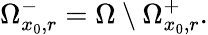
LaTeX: \Omega_{x_{0},r}^{-}=\Omega\setminus\Omega_{x_{0},r}^{+}.